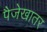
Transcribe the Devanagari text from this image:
पैजेखातर